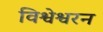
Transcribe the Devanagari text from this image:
विश्वेश्वरन